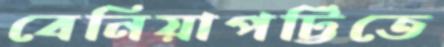
বেনিয়াপট্টিতে